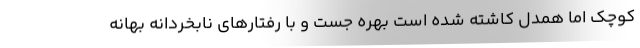
کوچک اما همدل کاشته شده است بهره جست و با رفتارهای نابخردانه بهانه